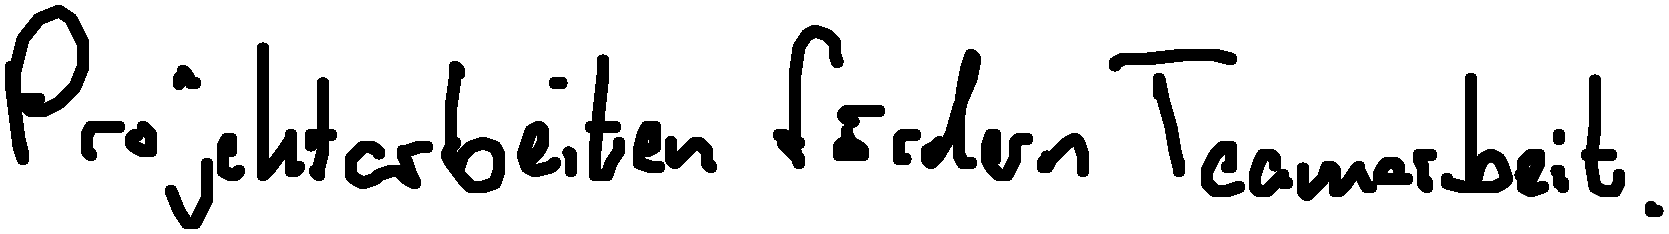
Projektarbeiten fördern Teamarbeit.